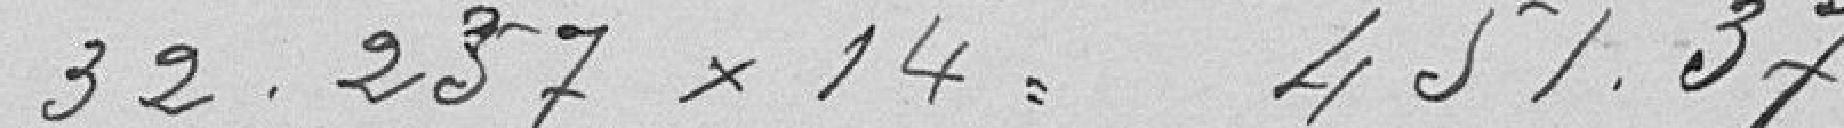
32,257 x 14 = 451,37